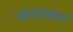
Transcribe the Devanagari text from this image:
बापटबाल